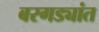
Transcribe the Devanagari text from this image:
बरगड्यांत